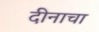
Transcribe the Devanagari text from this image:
दीनाचा